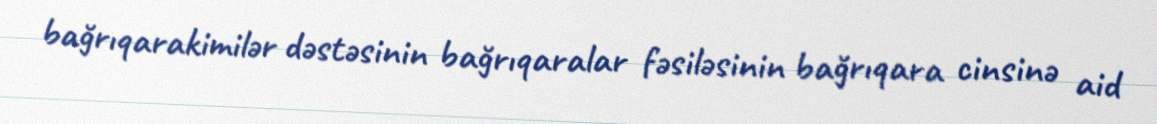
bağrıqarakimilər dəstəsinin bağrıqaralar fəsiləsinin bağrıqara cinsinə aid